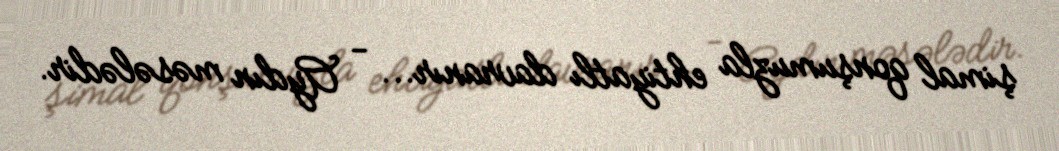
şimal qonşumuzla ehtiyatlı davranır... - Aydın məsələdir.